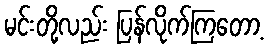
မင်းတို့လည်း ပြန်လိုက်ကြတော့